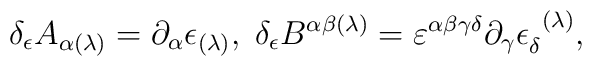
\delta _{\epsilon }A_{\alpha (\lambda )}=\partial _{\alpha }\epsilon_{(\lambda )},\;\delta _{\epsilon }B^{\alpha \beta (\lambda )}=\varepsilon^{\alpha \beta \gamma \delta }\partial _{\gamma }\epsilon _{\delta}^{\;\;(\lambda )},